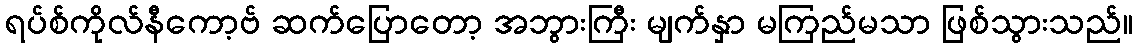
ရပ်စ်ကိုလ်နီကော့ဗ် ဆက်ပြောတော့ အဘွားကြီး မျက်နှာ မကြည်မသာ ဖြစ်သွားသည်။